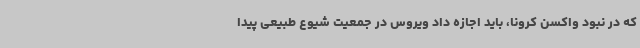
که در نبود واکسن کرونا، باید اجازه داد ویروس در جمعیت شیوع طبیعی پیدا